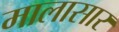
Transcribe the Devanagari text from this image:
मालासार